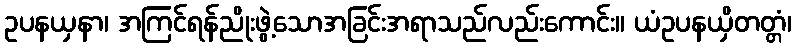
ဥပနယှနာ၊ အကြင်ရန်ညိုးဖွဲ့သောအခြင်းအရာသည်လည်းကောင်း။ ယံဥပနယှိတတ္တံ၊